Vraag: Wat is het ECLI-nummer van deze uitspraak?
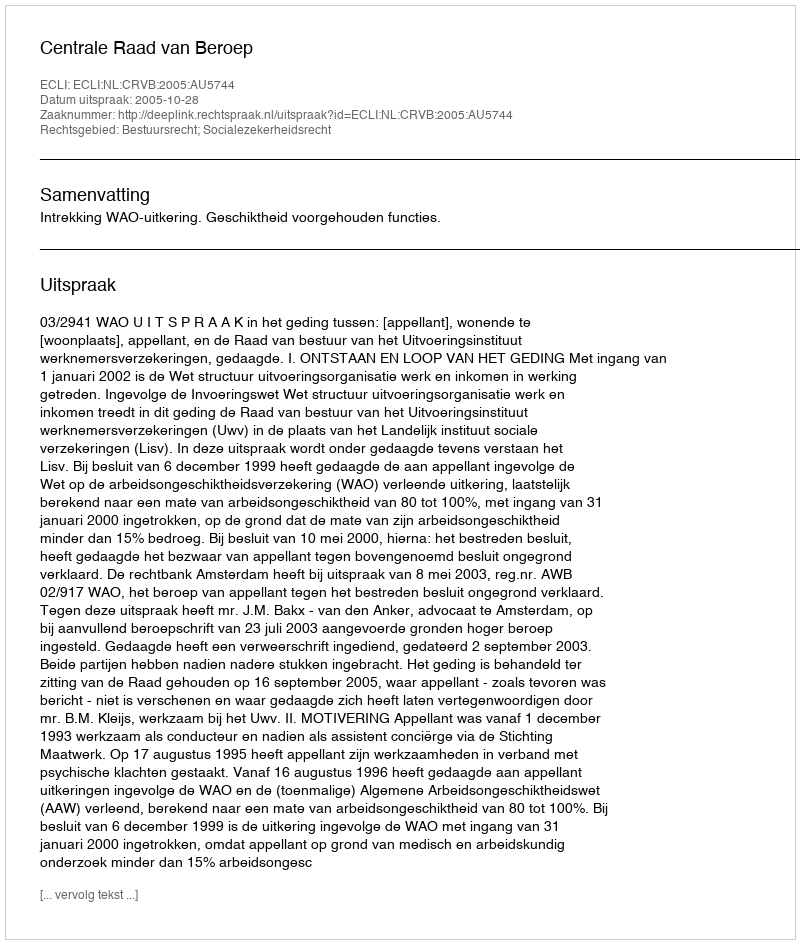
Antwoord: ECLI:NL:CRVB:2005:AU5744